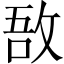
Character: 敔